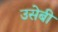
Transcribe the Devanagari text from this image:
उसेबी